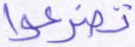
تضرعوا